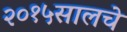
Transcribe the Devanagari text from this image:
२०१५सालचे